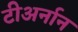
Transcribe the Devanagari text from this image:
टीअर्नान